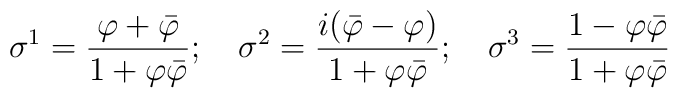
\sigma^{1}=\frac{\varphi+\bar{\varphi}}{1+\varphi\bar{\varphi}};~~~\sigma^{2}=\frac{i(\bar{\varphi}-\varphi)}{1+\varphi\bar{\varphi}};~~~\sigma^{3}=\frac{1-\varphi\bar{\varphi}}{1+\varphi\bar{\varphi}}